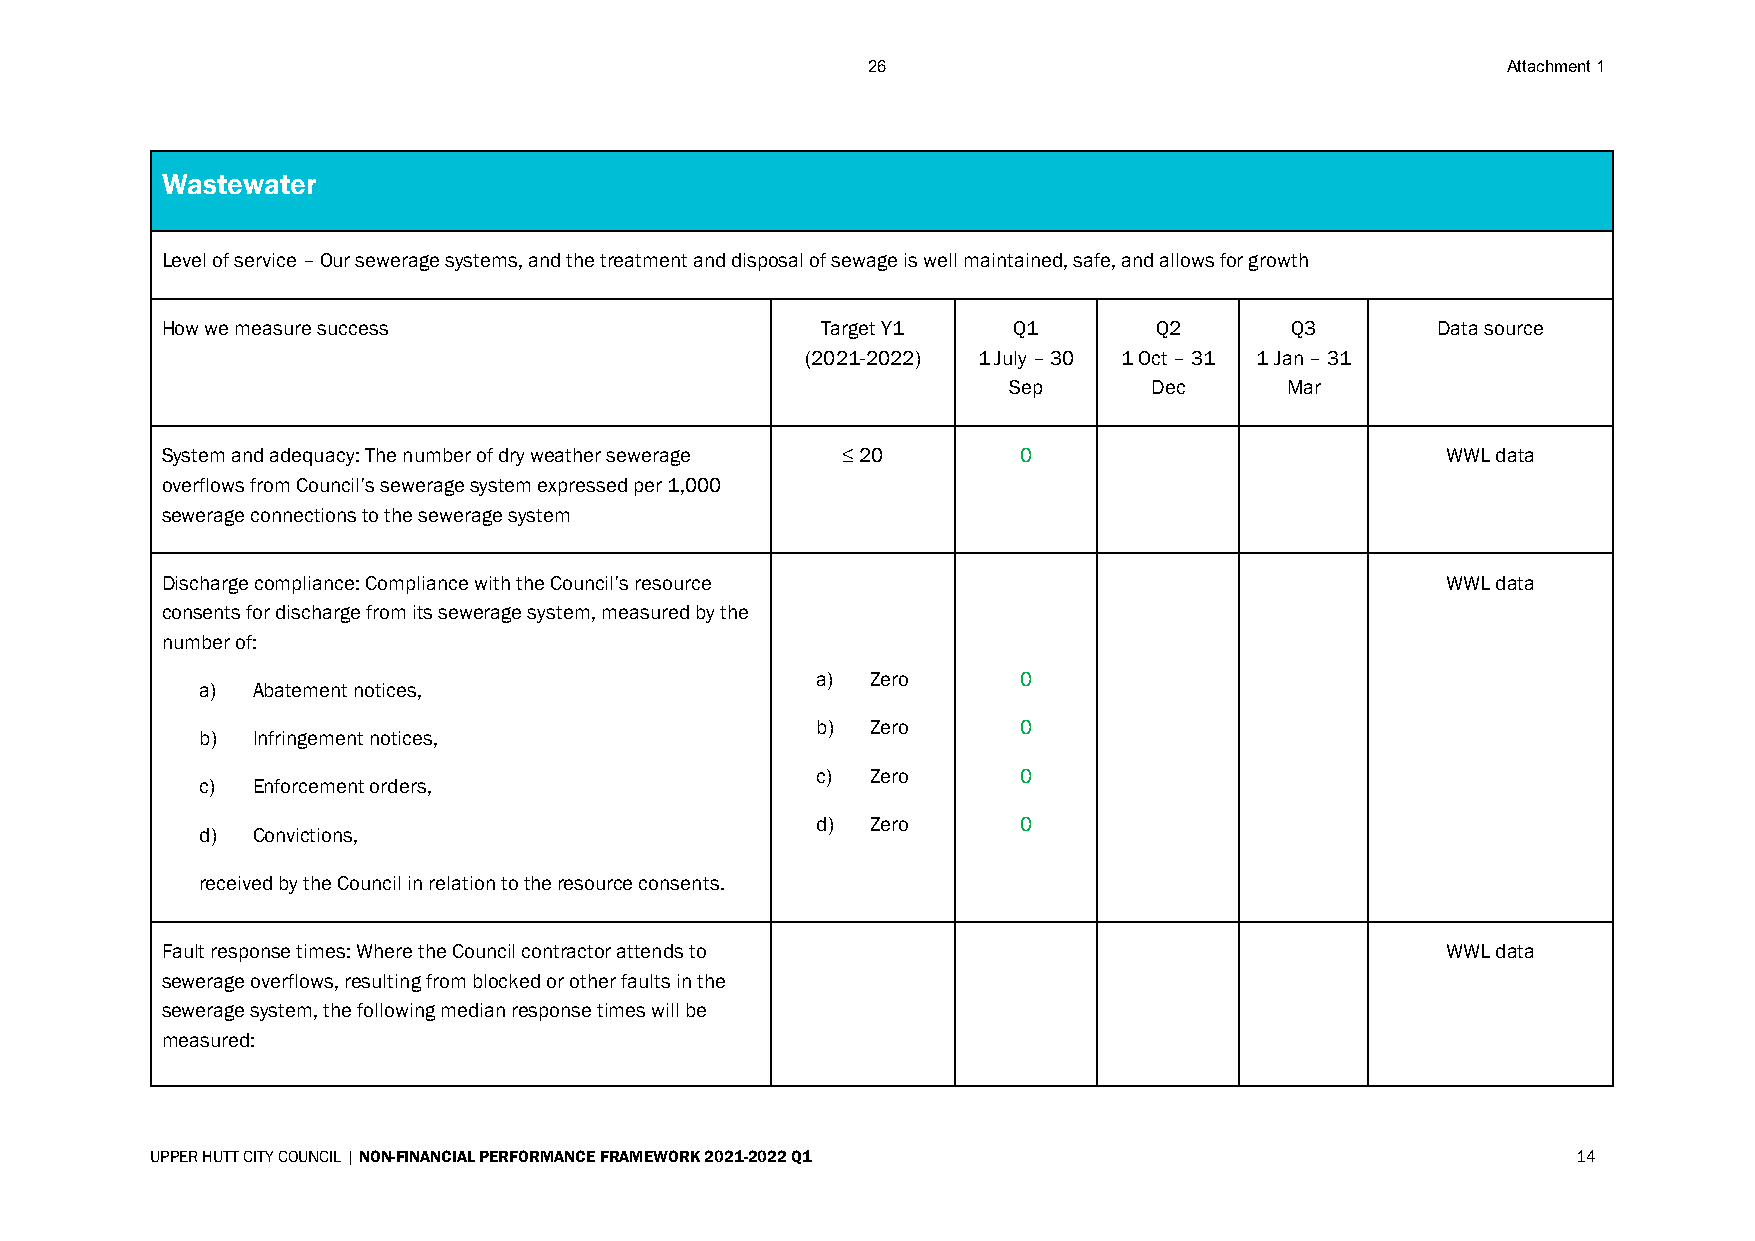
26                                         Attachment 1
 Wastewater
 Level of service – Our sewerage systems, and the treatment and disposal of sewage is well maintained, safe, and allows for growth
 How we measure success                     Target Y1    Q1       Q2       Q3        Data source
 (2021-2022) 1 July – 30 1 Oct – 31 1 Jan – 31
 Sep      Dec      Mar
 System and adequacy: The number of dry weather sewerage ≤ 20 0                       WWL data
 overflows from Council’s sewerage system expressed per 1,000
 sewerage connections to the sewerage system
 Discharge compliance: Compliance with the Council’s resource                         WWL data
 consents for discharge from its sewerage system, measured by the
 number of:
 a)  Zero     0
 a)  Abatement notices,
 b)  Zero     0
 b)  Infringement notices,
 c)  Zero     0
 c)  Enforcement orders,
 d)  Zero     0
 d)  Convictions,
 received by the Council in relation to the resource consents.
 Fault response times: Where the Council contractor attends to                        WWL data
 sewerage overflows, resulting from blocked or other faults in the
 sewerage system, the following median response times will be
 measured:
 UPPER HUTT CITY COUNCIL | NON-FINANCIAL PERFORMANCE FRAMEWORK 2021-2022 Q1                    14